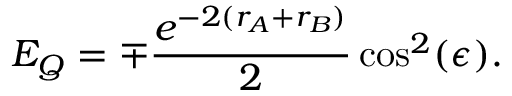
E _ { Q } = \mp \frac { e ^ { - 2 ( r _ { A } + r _ { B } ) } } { 2 } \cos ^ { 2 } ( \epsilon ) .